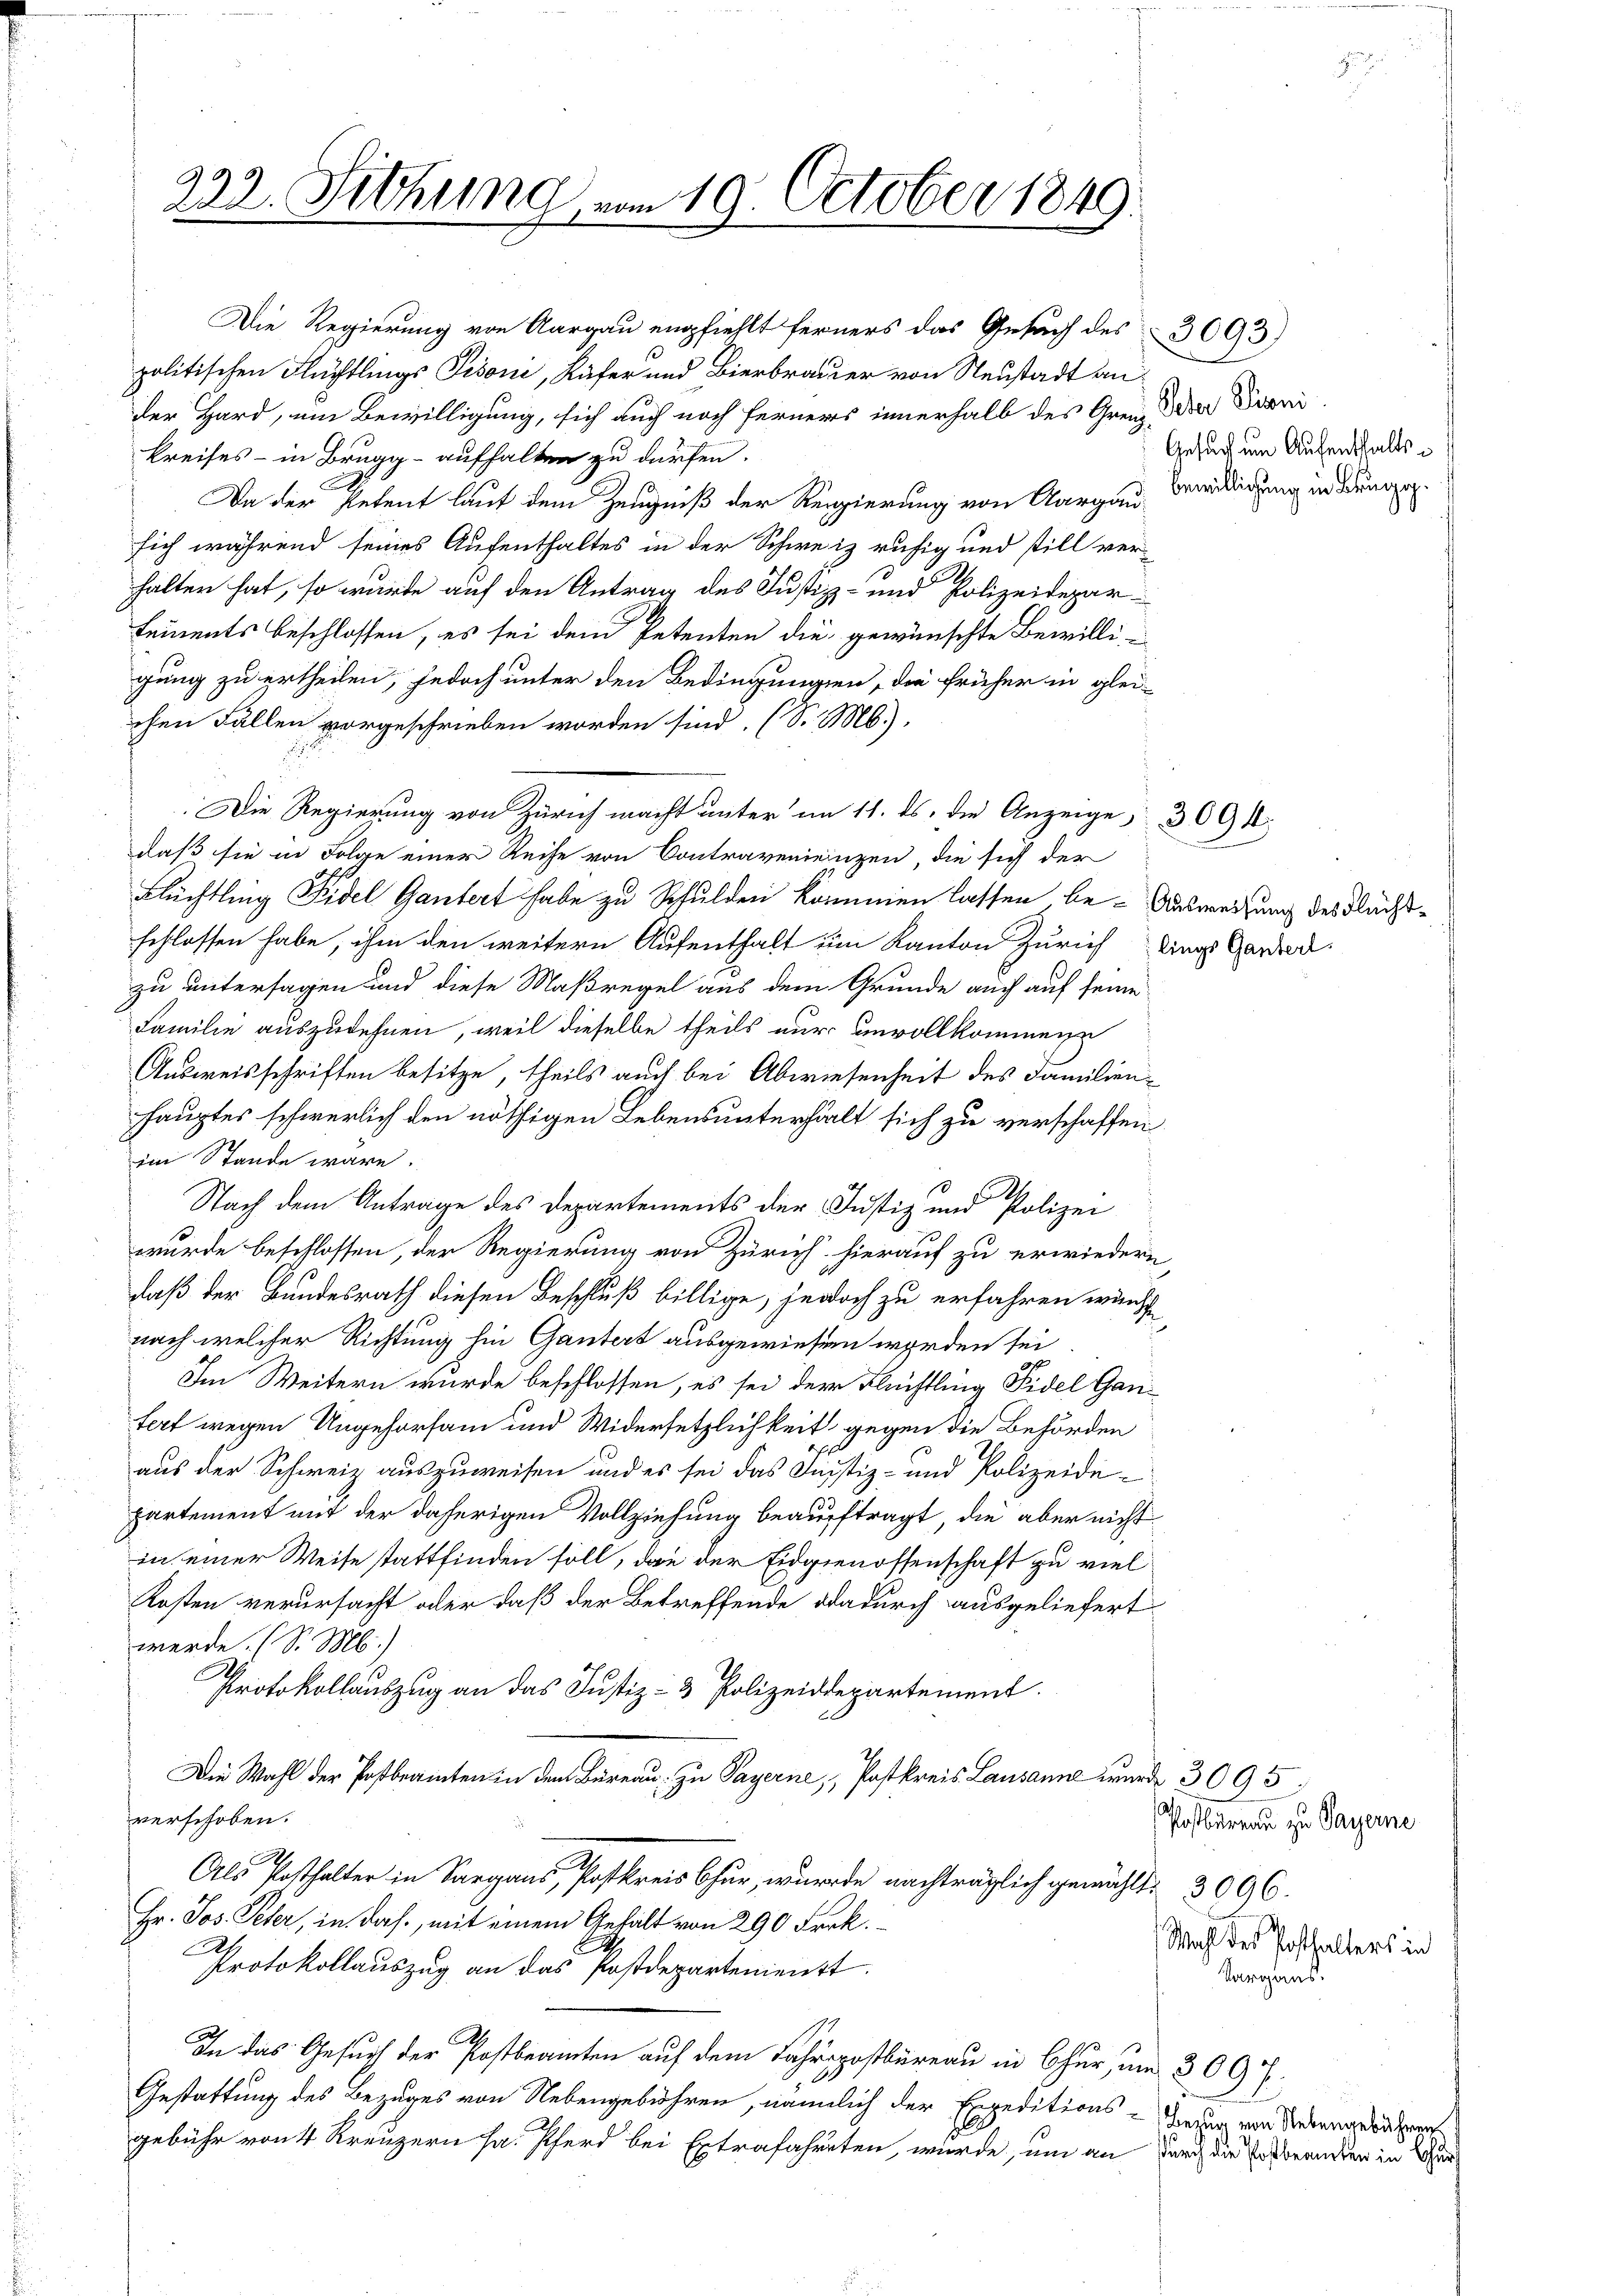
222. Sitzung vom 19. October 1849.
d

Die Regierung von Aargau empfiehlt ferners das Gesuch des 3093)
politischen Flüchtlings Pisoni, Käfer und Bierbrauer von Neustadt an
der Hard, um Bewilligung, sich auch noch ferners innerhalb des Grenz der Firni
kreises - in Brugg - aufhalten zu dürfen.
F
Da der Petent lauf dem Zeugniß der Regierung von Aargau willigung in Dünger
sich während seines Aufenthaltes in der Schweiz ruhig und still ver-
halter hat, so wurde auf den Antrag des Justiz- und Polizeidepar¬
Lements beschlossen, es sei dem Petenten die gewünschte Bewilligung zu ertheilen, jedoch unter den Bedingungen, die früher in glei-
chen Fällen vorgeschrieben worden sind. (S. M.),
Die Regierung von Zürich macht unter im 11. ds. die Anzeige, 309
daß sie in Folge einer Reihe von Contravenienzen, die sich der
Flüchtling Fidel Gantert habe zu Schulden kommen lassen, be- Ausweisung des Flächtschlossen habe, ihm den weitern Aufenthalt im Kanton Zürich dings Garden.
zu untersagen und diese Maßregel aus dem Grunde auch auf seine
Familie auszudehnen, weil dieselbe theils nur unvollkommene
Ausweisschriften besitze, theils auch bei Abwiesenheit des Familienhauptes schwerlich den nöthigen Lebensunterhält sich zu verschaffen.
im Stande wäre.
Nach dem Antrage des Departements der Justiz und Polizei
wurde beschlossen, der Regierung von Zürich hierauf zu erwiedern,
daß der Bundesrath diesen Beschluß billige, jedoch zu erfahren wurde
nach welcher Richtung hin Ganters ausgewiesen worden sei
Im Weitern wurde beschlossen, es sei der Flüchtling Fidel Ganfert wegen Ungehorsam und Widersetzlichkeit gegen die Behörden
aus der Schweiz auszuweisen und es sei das Justiz- und Polizeidepartement mit der daherigen Vollziehung beauftragt, die aber nichtin einer Weise stattfinden soll, dan der Eidgenossenschaft zu viel¬
Kosten verursacht oder daß der Betreffende dadurch ausgeliefert
werde. (S. M.)
C
Protokollauszug an das Justiz- & Polizeiddepartement.
Die Wahl der Postbeamten in dem Bureau zu Payerne, Postkreis Lausanne wurde 3095.
verschoben.
Als Posthalter in Sargaus, Postkreis Chur, wurde nachträglich gewählt. 3096.
Hr. Jos. Peter, in das, mit einem Gehalt von 290 Frk.
2.
Protokollauszug an das Postdepartenienst
In das Gesuch der Postbeamten auf dem Fahrpostbureau in Chur, um 309 f.
Gestattung des Bezuges von Nebengebühren, nämlich der Expeditions - Die von Serengeruhen
gebühr von 4 Kreuzern sa. Pferd bei Extrafahreten, wurde, um an durch die Verbranden in Wu

Gesuch um Aufenthalts¬

Postbureau zu Payerne
Wahl des Posthalters in
Sargans.